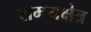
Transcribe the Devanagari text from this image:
समयक्षेत्र